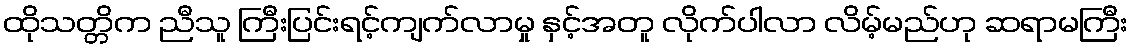
ထိုသတ္တိက ညီသူ ကြီးပြင်းရင့်ကျက်လာမှု နှင့်အတူ လိုက်ပါလာ လိမ့်မည်ဟု ဆရာမကြီး